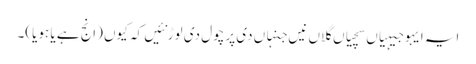
ایہ ایہو جیہیاں سچیاں گلاں نیں جنہاں دی پرچول دی لوڑ نئیں کہ کیوں (انج ہے یا ہویا)۔